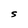
Character: S